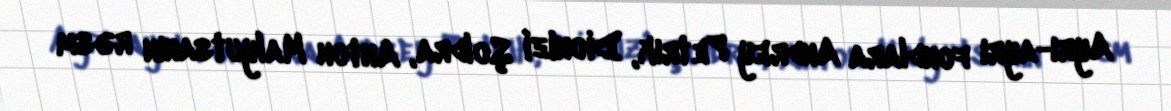
Ayrı-ayrı fondlara Andrey Petrık, Dionizi Şoldra, Anton Malyutsanın rəsm